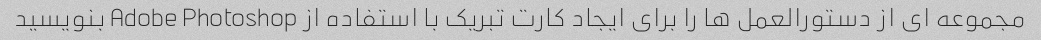
مجموعه ای از دستورالعمل ها را برای ایجاد کارت تبریک با استفاده از Adobe Photoshop بنویسید